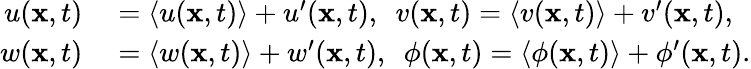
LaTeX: \begin{array}{rl}{u(\mathbf{x},t)}&{{}=\langle u(\mathbf{x},t)\rangle+u^{\prime}(\mathbf{x},t),\ \ v(\mathbf{x},t)=\langle v(\mathbf{x},t)\rangle+v^{\prime}(\mathbf{x},t),}\\ {w(\mathbf{x},t)}&{{}=\langle w(\mathbf{x},t)\rangle+w^{\prime}(\mathbf{x},t),\ \ \phi(\mathbf{x},t)=\langle\phi(\mathbf{x},t)\rangle+\phi^{\prime}(\mathbf{x},t).}\end{array}